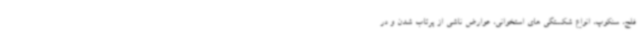
فلج، سنکوپ، انواع شکستگی های استخوانی، عوارض ناشی از پرتاب شدن و در